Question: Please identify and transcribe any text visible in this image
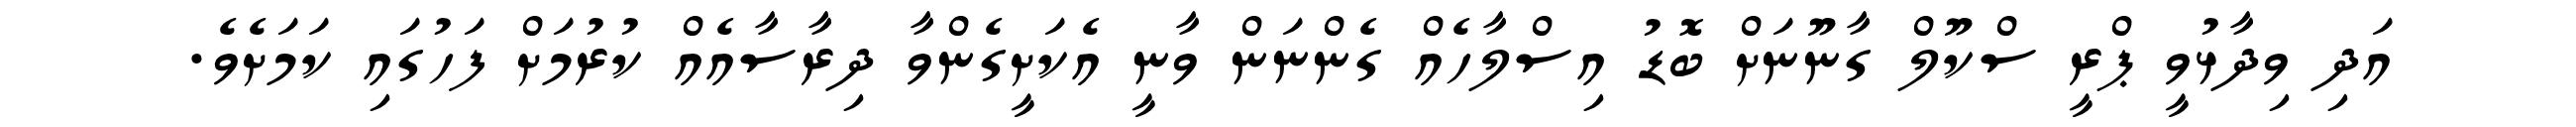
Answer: އަދި ވިދާޅުވީ ޕްރީ ސްކޫލް ގާނޫނަށް ބޮޑު އިސްލާހެއް ގެންނަން ވާނީ އެކަށީގެންވާ ދިރާސާއެއް ކުރުމަށް ފަހުގައި ކަމަށެވެ.